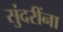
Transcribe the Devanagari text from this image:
सुंदरींना